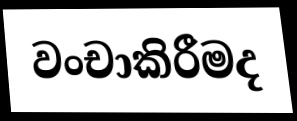
වංචාකිරීමද